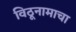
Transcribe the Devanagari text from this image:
विठूनामाचा